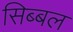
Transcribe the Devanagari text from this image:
सिब्‍बल